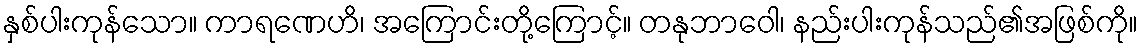
နှစ်ပါးကုန်သော။ ကာရဏေဟိ၊ အကြောင်းတို့ကြောင့်။ တနုဘာဝေါ၊ နည်းပါးကုန်သည်၏အဖြစ်ကို။